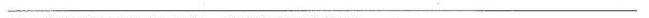
___________________________________